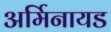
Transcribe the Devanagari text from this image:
अर्मिनायड